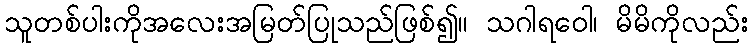
သူတစ်ပါးကိုအလေးအမြတ်ပြုသည်ဖြစ်၍။ သဂါရဝေါ၊ မိမိကိုလည်း